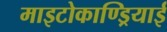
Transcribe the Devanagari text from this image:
माइटोकाण्ड्रियाई